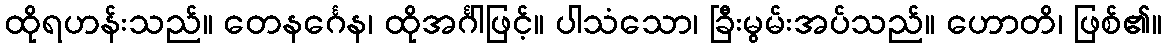
ထိုရဟန်းသည်။ တေနင်္ဂေန၊ ထိုအင်္ဂါဖြင့်။ ပါသံသော၊ ခြီးမွမ်းအပ်သည်။ ဟောတိ၊ ဖြစ်၏။